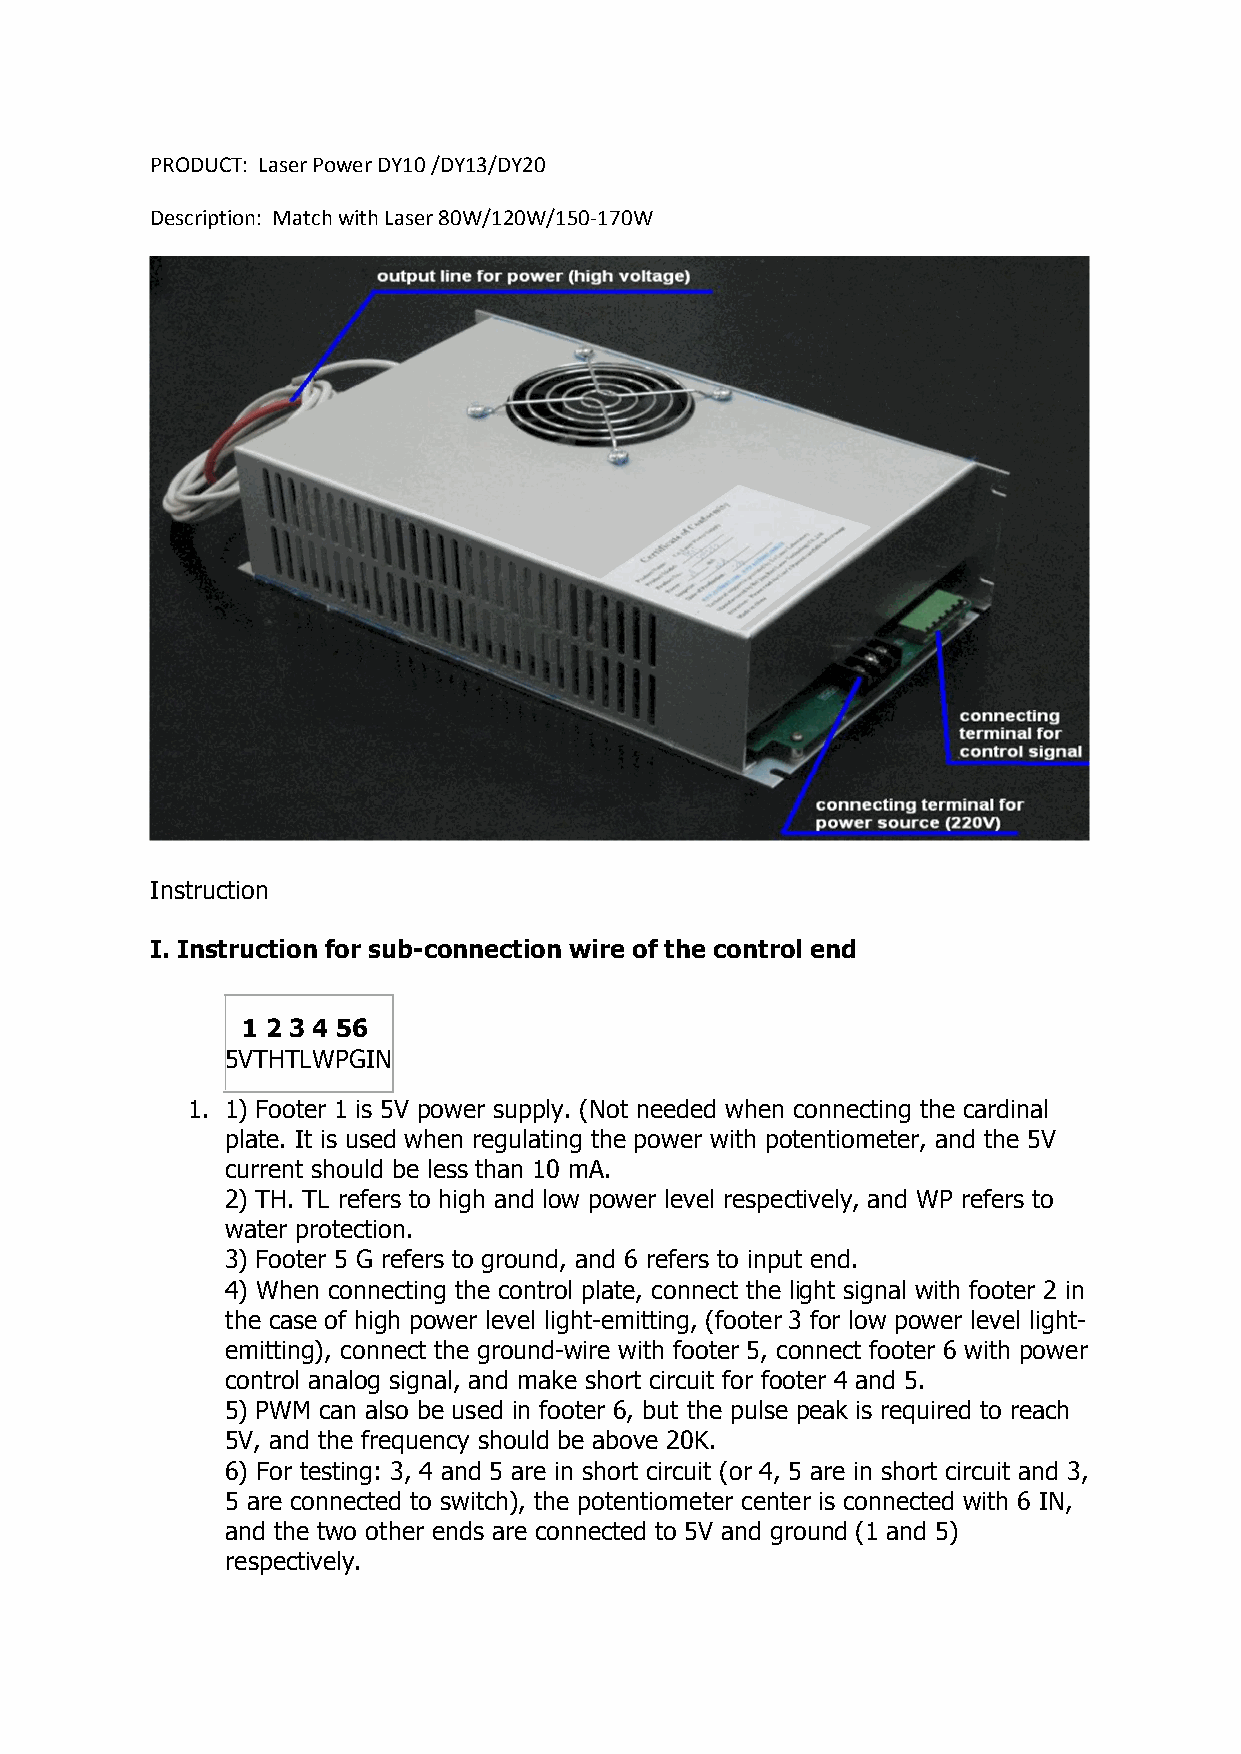
PRODUCT: Laser Power DY10 /DY13/DY20
 Description: Match with Laser 80W/120W/150-170W
 Instruction
 I. Instruction for sub-connection wire of the control end
 1 2 3 4 56
 5VTHTLWPGIN
 1. 1) Footer 1 is 5V power supply. (Not needed when connecting the cardinal
 plate. It is used when regulating the power with potentiometer, and the 5V
 current should be less than 10 mA.
 2) TH. TL refers to high and low power level respectively, and WP refers to
 water protection.
 3) Footer 5 G refers to ground, and 6 refers to input end.
 4) When connecting the control plate, connect the light signal with footer 2 in
 the case of high power level light-emitting, (footer 3 for low power level light-
 emitting), connect the ground-wire with footer 5, connect footer 6 with power
 control analog signal, and make short circuit for footer 4 and 5.
 5) PWM can also be used in footer 6, but the pulse peak is required to reach
 5V, and the frequency should be above 20K.
 6) For testing: 3, 4 and 5 are in short circuit (or 4, 5 are in short circuit and 3,
 5 are connected to switch), the potentiometer center is connected with 6 IN,
 and the two other ends are connected to 5V and ground (1 and 5)
 respectively.